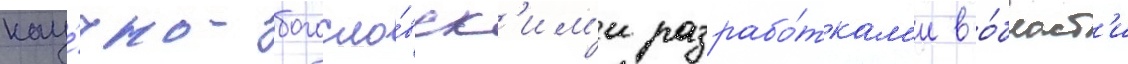
нау́чно-богосло́вск'им'и разрабо́ткам'и в о́бласт'и